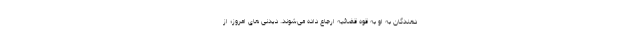
دهندگان به او به قوه قضائیه ارجاع داده می‌شوند. دیدنی های امروز؛ از